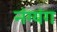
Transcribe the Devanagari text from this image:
नंग्यंग